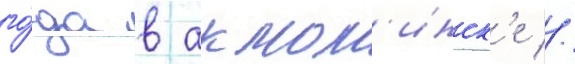
го́да в акмол'инск'е //